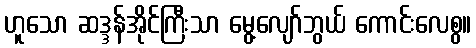
ဟူသော ဆဒ္ဒန်အိုင်ကြီးသာ မွေ့လျော်ဘွယ် ကောင်းလေစွ။